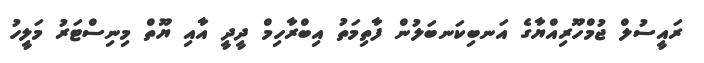
ރައީސުލް ޖުމްހޫރިއްޔާގެ އަނބިކަނބަލުން ފާތިމަތު އިބްރާހިމް ދީދީ އާއި ޔޫތް މިނިސްޓަރު މަލީހު